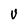
Character: V